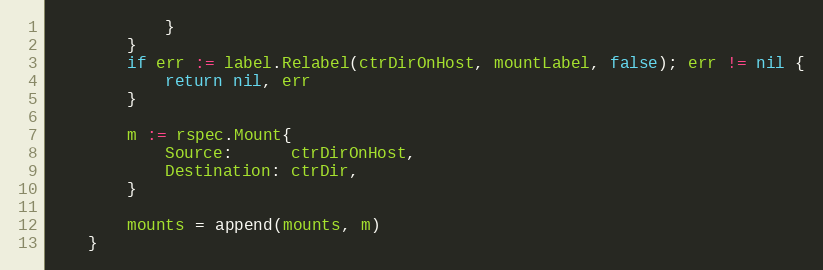
Language: Go
			}
		}
		if err := label.Relabel(ctrDirOnHost, mountLabel, false); err != nil {
			return nil, err
		}

		m := rspec.Mount{
			Source:      ctrDirOnHost,
			Destination: ctrDir,
		}

		mounts = append(mounts, m)
	}